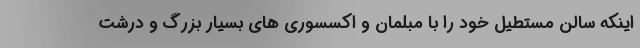
اینکه سالن مستطیل خود را با مبلمان و اکسسوری های بسیار بزرگ و درشت